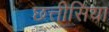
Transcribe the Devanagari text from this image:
छत्तीसिया